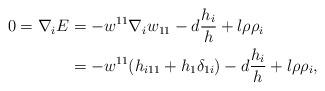
LaTeX: \begin{align*}0=\nabla_{i}E&=-w^{11}\nabla_{i}w_{11}-d\frac{h_{i}}{h}+l\rho\rho_{i}\\&=-w^{11}(h_{i11}+h_{1}\delta_{1i})-d\frac{h_{i}}{h}+l\rho\rho_{i},\end{align*}